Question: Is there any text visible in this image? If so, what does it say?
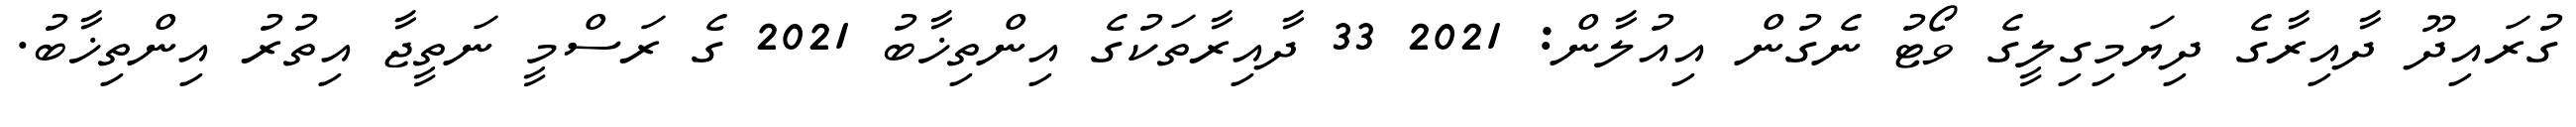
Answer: ގުރައިދޫ ދާއިރާގެ ދިޔަމިގިލީގެ ވޯޓު ނެގުން އިއުލާން: 2021 33 ދާއިރާތަކުގެ އިންތިޚާބު 2021 ގެ ރަސްމީ ނަތީޖާ އިތުރު އިންތިޚާބު.